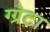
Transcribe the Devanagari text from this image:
ग्ग्रेटा